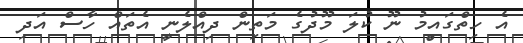
އެ ހިތްގައިމު ނޫ ކުލަ މޫދުގެ މަތިން ދިއްލެނީ އެތައް ހާސް އަދި